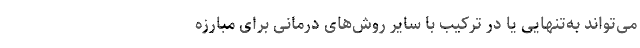
می‌تواند به‌تنهایی یا در ترکیب با سایر روش‌های درمانی برای مبارزه